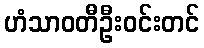
ဟံသာဝတီဦးဝင်းတင်